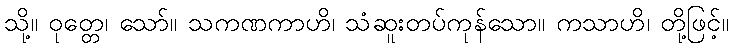
သို့။ ဝုတ္တေ၊ သော်။ သကဏကာဟိ၊ သံဆူးတပ်ကုန်သော။ ကသာဟိ၊ တို့ဖြင့်။